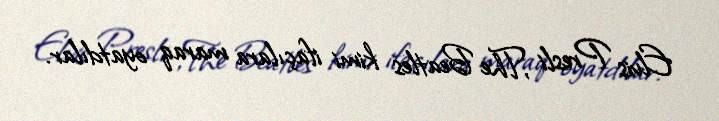
Elvis Presli ,The Beatles kimi ifaçılara maraq oyatdılar.